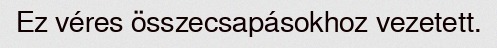
Ez véres összecsapásokhoz vezetett.